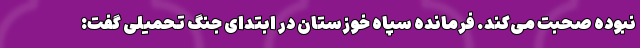
نبوده صحبت می‌کند. فرمانده سپاه خوزستان در ابتدای جنگ تحمیلی گفت: